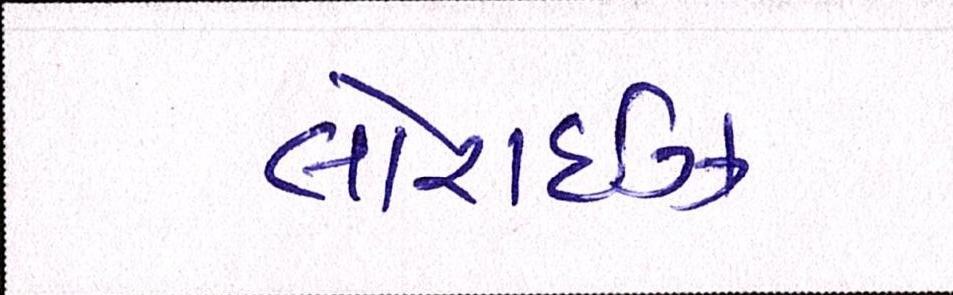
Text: લોરાઈઝ